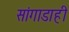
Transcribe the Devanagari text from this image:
सांगाडाही